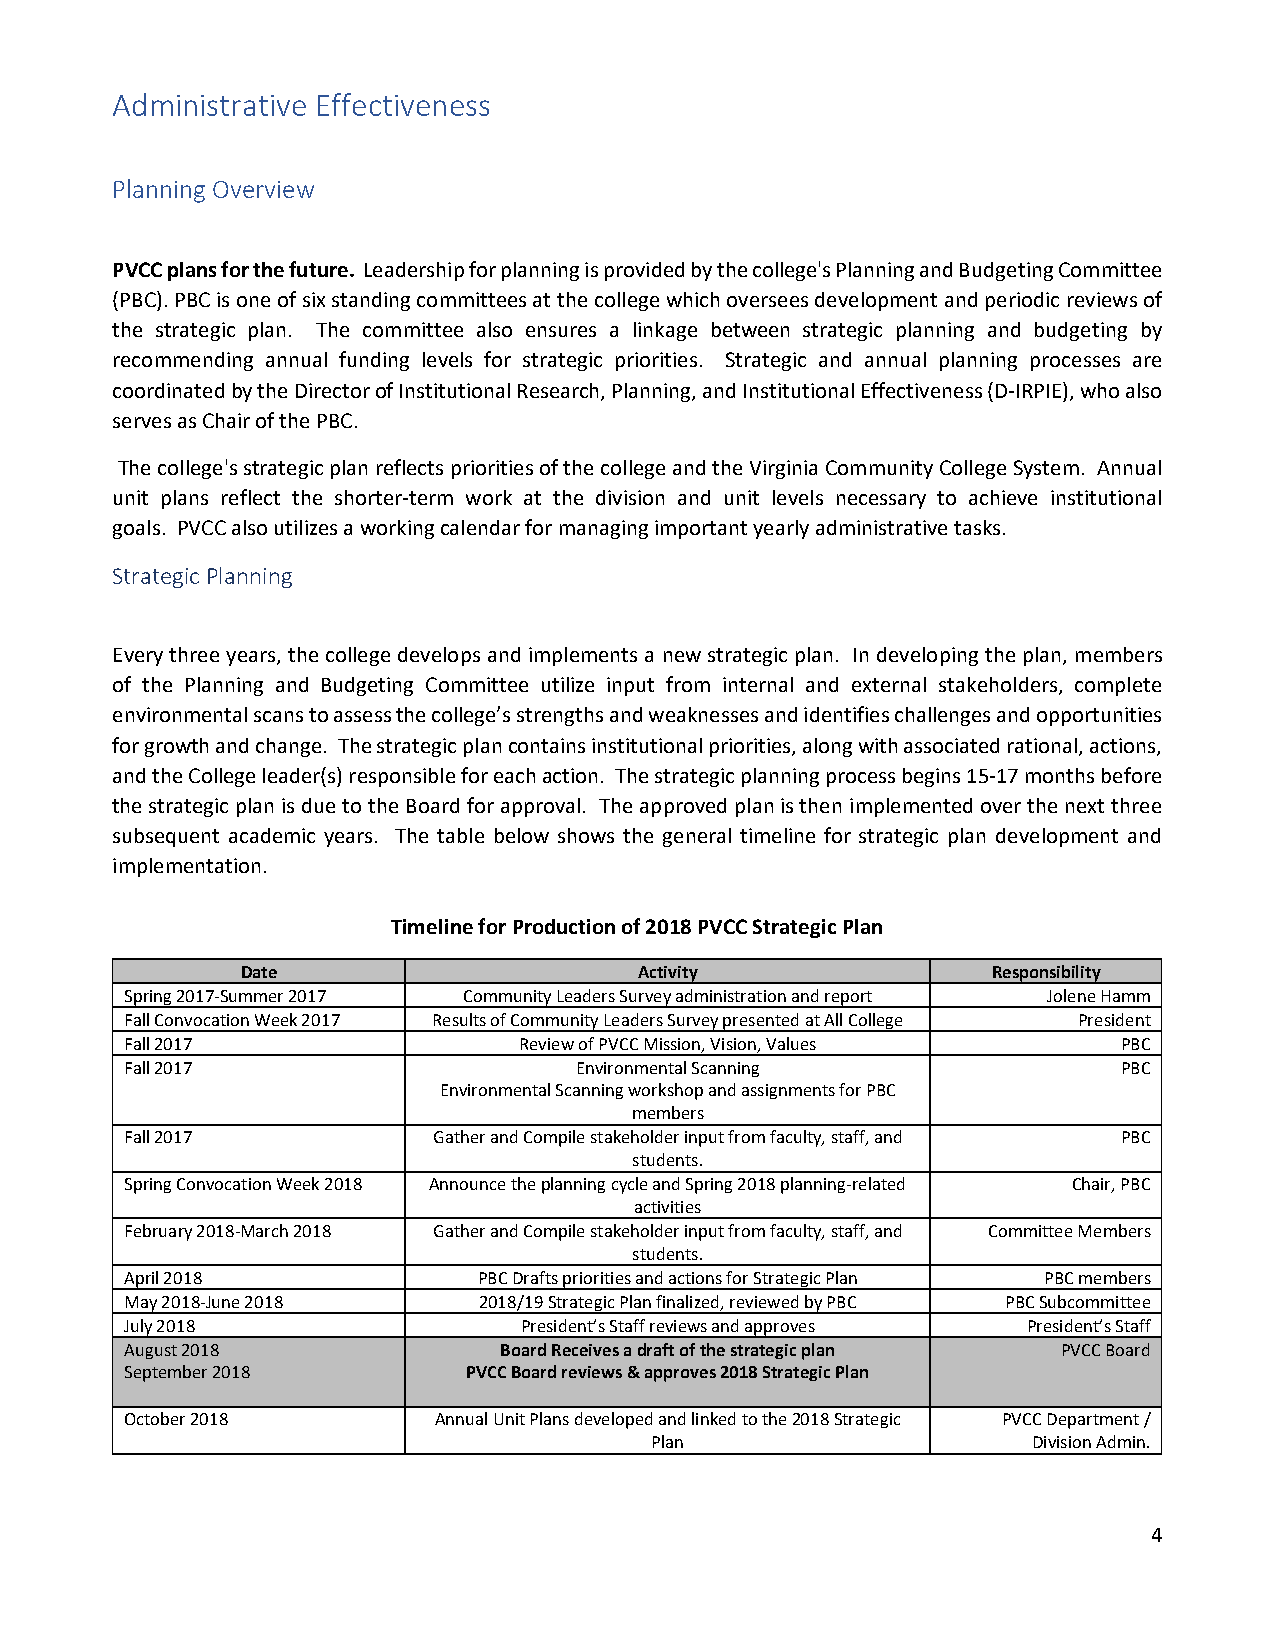
Administrative Effectiveness
 Planning Overview
 PVCC plans for the future. Leadership for planning is provided by the college's Planning and Budgeting Committee
 (PBC). PBC is one of six standing committees at the college which oversees development and periodic reviews of
 the strategic plan. The committee also ensures a linkage between strategic planning and budgeting by
 recommending annual funding levels for strategic priorities. Strategic and annual planning processes are
 coordinated by the Director of Institutional Research, Planning, and Institutional Effectiveness (D-IRPIE), who also
 serves as Chair of the PBC.
 The college's strategic plan reflects priorities of the college and the Virginia Community College System. Annual
 unit plans reflect the shorter-term work at the division and unit levels necessary to achieve institutional
 goals. PVCC also utilizes a working calendar for managing important yearly administrative tasks.
 Strategic Planning
 Every three years, the college develops and implements a new strategic plan. In developing the plan, members
 of the Planning and Budgeting Committee utilize input from internal and external stakeholders, complete
 environmental scans to assess the college’s strengths and weaknesses and identifies challenges and opportunities
 for growth and change. The strategic plan contains institutional priorities, along with associated rational, actions,
 and the College leader(s) responsible for each action. The strategic planning process begins 15-17 months before
 the strategic plan is due to the Board for approval. The approved plan is then implemented over the next three
 subsequent academic years. The table below shows the general timeline for strategic plan development and
 implementation.
 Timeline for Production of 2018 PVCC Strategic Plan
 Date                      Activity                Responsibility
 Spring 2017-Summer 2017 Community Leaders Survey administration and report Jolene Hamm
 Fall Convocation Week 2017 Results of Community Leaders Survey presented at All College President
 Fall 2017                 Review of PVCC Mission, Vision, Values  PBC
 Fall 2017                     Environmental Scanning              PBC
 Environmental Scanning workshop and assignments for PBC
 members
 Fall 2017            Gather and Compile stakeholder input from faculty, staff, and PBC
 students.
 Spring Convocation Week 2018 Announce the planning cycle and Spring 2018 planning-related Chair, PBC
 activities
 February 2018-March 2018 Gather and Compile stakeholder input from faculty, staff, and Committee Members
 students.
 April 2018              PBC Drafts priorities and actions for Strategic Plan PBC members
 May 2018-June 2018      2018/19 Strategic Plan finalized, reviewed by PBC PBC Subcommittee
 July 2018                 President’s Staff reviews and approves President’s Staff
 August 2018              Board Receives a draft of the strategic plan PVCC Board
 September 2018         PVCC Board reviews & approves 2018 Strategic Plan
 October 2018         Annual Unit Plans developed and linked to the 2018 Strategic PVCC Department /
 Plan                     Division Admin.
 4